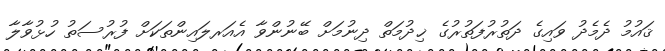
ޤައުމު ދެމެދު ވައިގެ ދަތުރުފަތުރުގެ ޚިދުމަތް ދިނުމަށް ބޭނުންވާ އެއަރލައިންތަކަށް ފުރުސަތު ހުޅުވާލާ